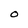
Character: O